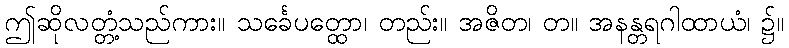
ဤဆိုလတ္တံ့သည်ကား။ သင်္ခေပတ္ထော၊ တည်း။ အဇိတ၊ တ။ အနန္တရဂါထာယံ၊ ၌။